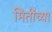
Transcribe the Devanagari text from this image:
मितींच्या